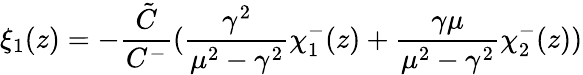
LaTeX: \xi_{1}(z)=-\frac{\tilde{C}}{C^{-}}(\frac{\gamma^{2}}{\mu^{2}-\gamma^{2}}\chi_{1}^{-}(z)+\frac{\gamma\mu}{\mu^{2}-\gamma^{2}}\chi_{2}^{-}(z))